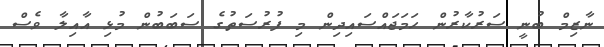
ނާޒިމް ބުނީ ސަރުކާރުން ހަމަޖައްސައިދިން މި ފުރުސަތުގެ ސަބަބުން މުޅި އާއިލާ ވެސް